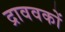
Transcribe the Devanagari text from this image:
द्राववकों